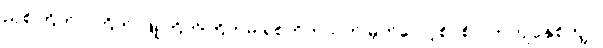
ညှစ်ကြိတ်ဝါကြိတ် ဖြူကြိတ်ကြိတ်မိ ရစ်ဘိတသတ် မှတ်လော့စိပ်စိပ် တကျိပ်နှစ်ကျိပ်